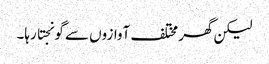
لیکن گھر مختلف آوازوں سے گونجتا رہا۔